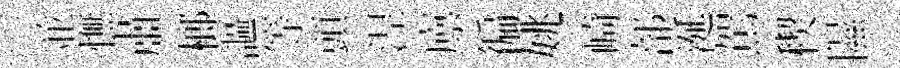
並憮肅榔謳等頭𣵀廪徧姚崎部涎駕稧隰